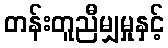
တန်းတူညီမျှမှုနှင့်